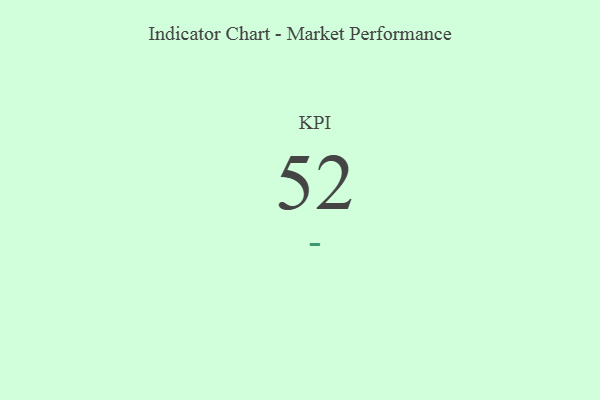
{"axis": {"x": "KPI", "y": "Value"}, "legend": [""], "data": [{"x": "KPI", "y": 52, "type": ""}]}